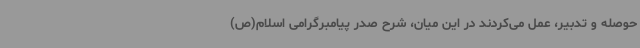
حوصله و تدبیر، عمل می‌کردند در این میان، شرح صدر پیامبرگرامی اسلام(ص)